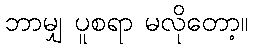
ဘာမျှ ပူစရာ မလိုတော့။